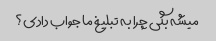
میشه بگی چرا به تبلیغ ما جواب دادی؟